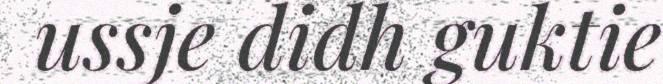
ussje didh guktie